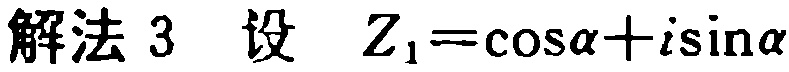
解法 3 设 \( Z_{1}=\cos\alpha + i\sin\alpha \)